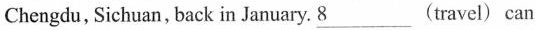
Chengdu, Sichuan,back in January. \underline{8} (travel) can